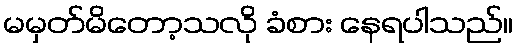
မမှတ်မိတော့သလို ခံစား နေရပါသည်။